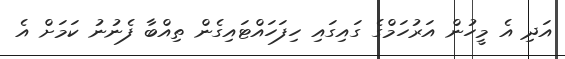
އަދި އެ މީހުން އަރުހަމްގެ ގައިގައި ހިފަހައްޓައިގެން ތިއްބާ ފެނުނު ކަމަށް އެ